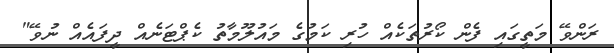
ރަންވޭ މަތީގައި ފެން ކޯރުތަކެއް ހުރި ކަމުގެ މައުލޫމާތު ކެޕްޓަނެއް ދީފައެއް ނުވޭ"